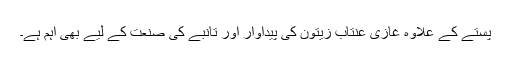
پستے کے علاوہ غازی عنتاب زیتون کی پیداوار اور تانبے کی صنعت کے لیے بھی اہم ہے۔